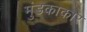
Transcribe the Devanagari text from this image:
मुंडकाकार